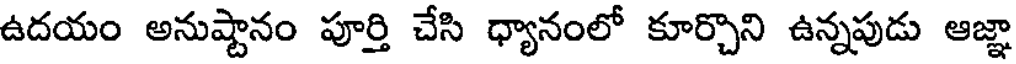
ఉదయం అనుష్టానం పూర్తి చేసి ధ్యానంలో కూర్చొని ఉన్నపుడు ఆజ్ఞా